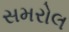
સમરોલ